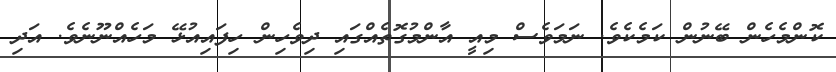
ކޮންމެހެން ބޭނުން ކަމެކެވެ. ނަމަވެސް މިއީ އާންމުގޮތެއްގައި ދިވެހިން ހިފައިއުޅޭ މަހެއްނޫނެވެ. އަދި